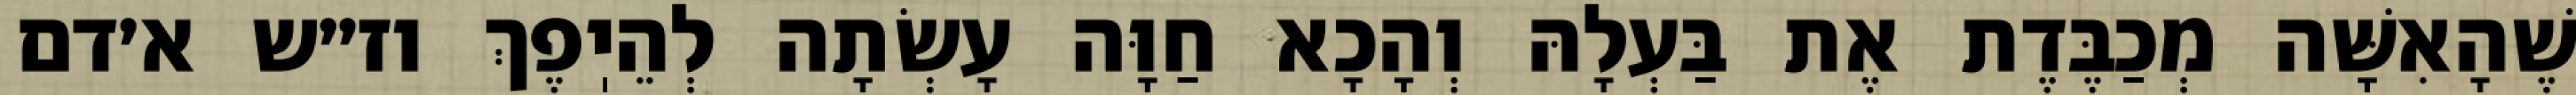
שֶׁהָאִשָּׁה מְכַבֶּדֶת אֶת בַּעְלָהּ וְהָכָא חַוָּה עָשְׂתָה לְהֵיֽפֶךְ וז״ש א׳דם